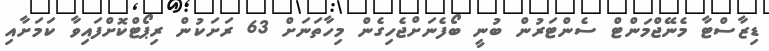
ޑިޒާސްޓާ މެނޭޖްމަންޓް ސެންޓަރުން ބުނީ ބޯފެނަށްޖެހިގެން މިހާތަނަށް 63 ރަށަކުން ރިޕޯޓްކޮށްފައިވާ ކަމަށާއި